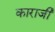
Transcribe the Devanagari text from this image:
काराजी